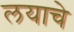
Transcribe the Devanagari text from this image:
लयाचे